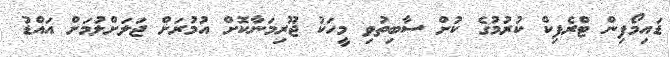
ޑައިމޯފިން ޓްރެފިކް ކުރުމުގެ ކުށް ސާބިތުވި މީހަކު ޖޫރިމަނާކޮށް އުމުރަށް ޖަލަށްލުމަށް އައްޑު